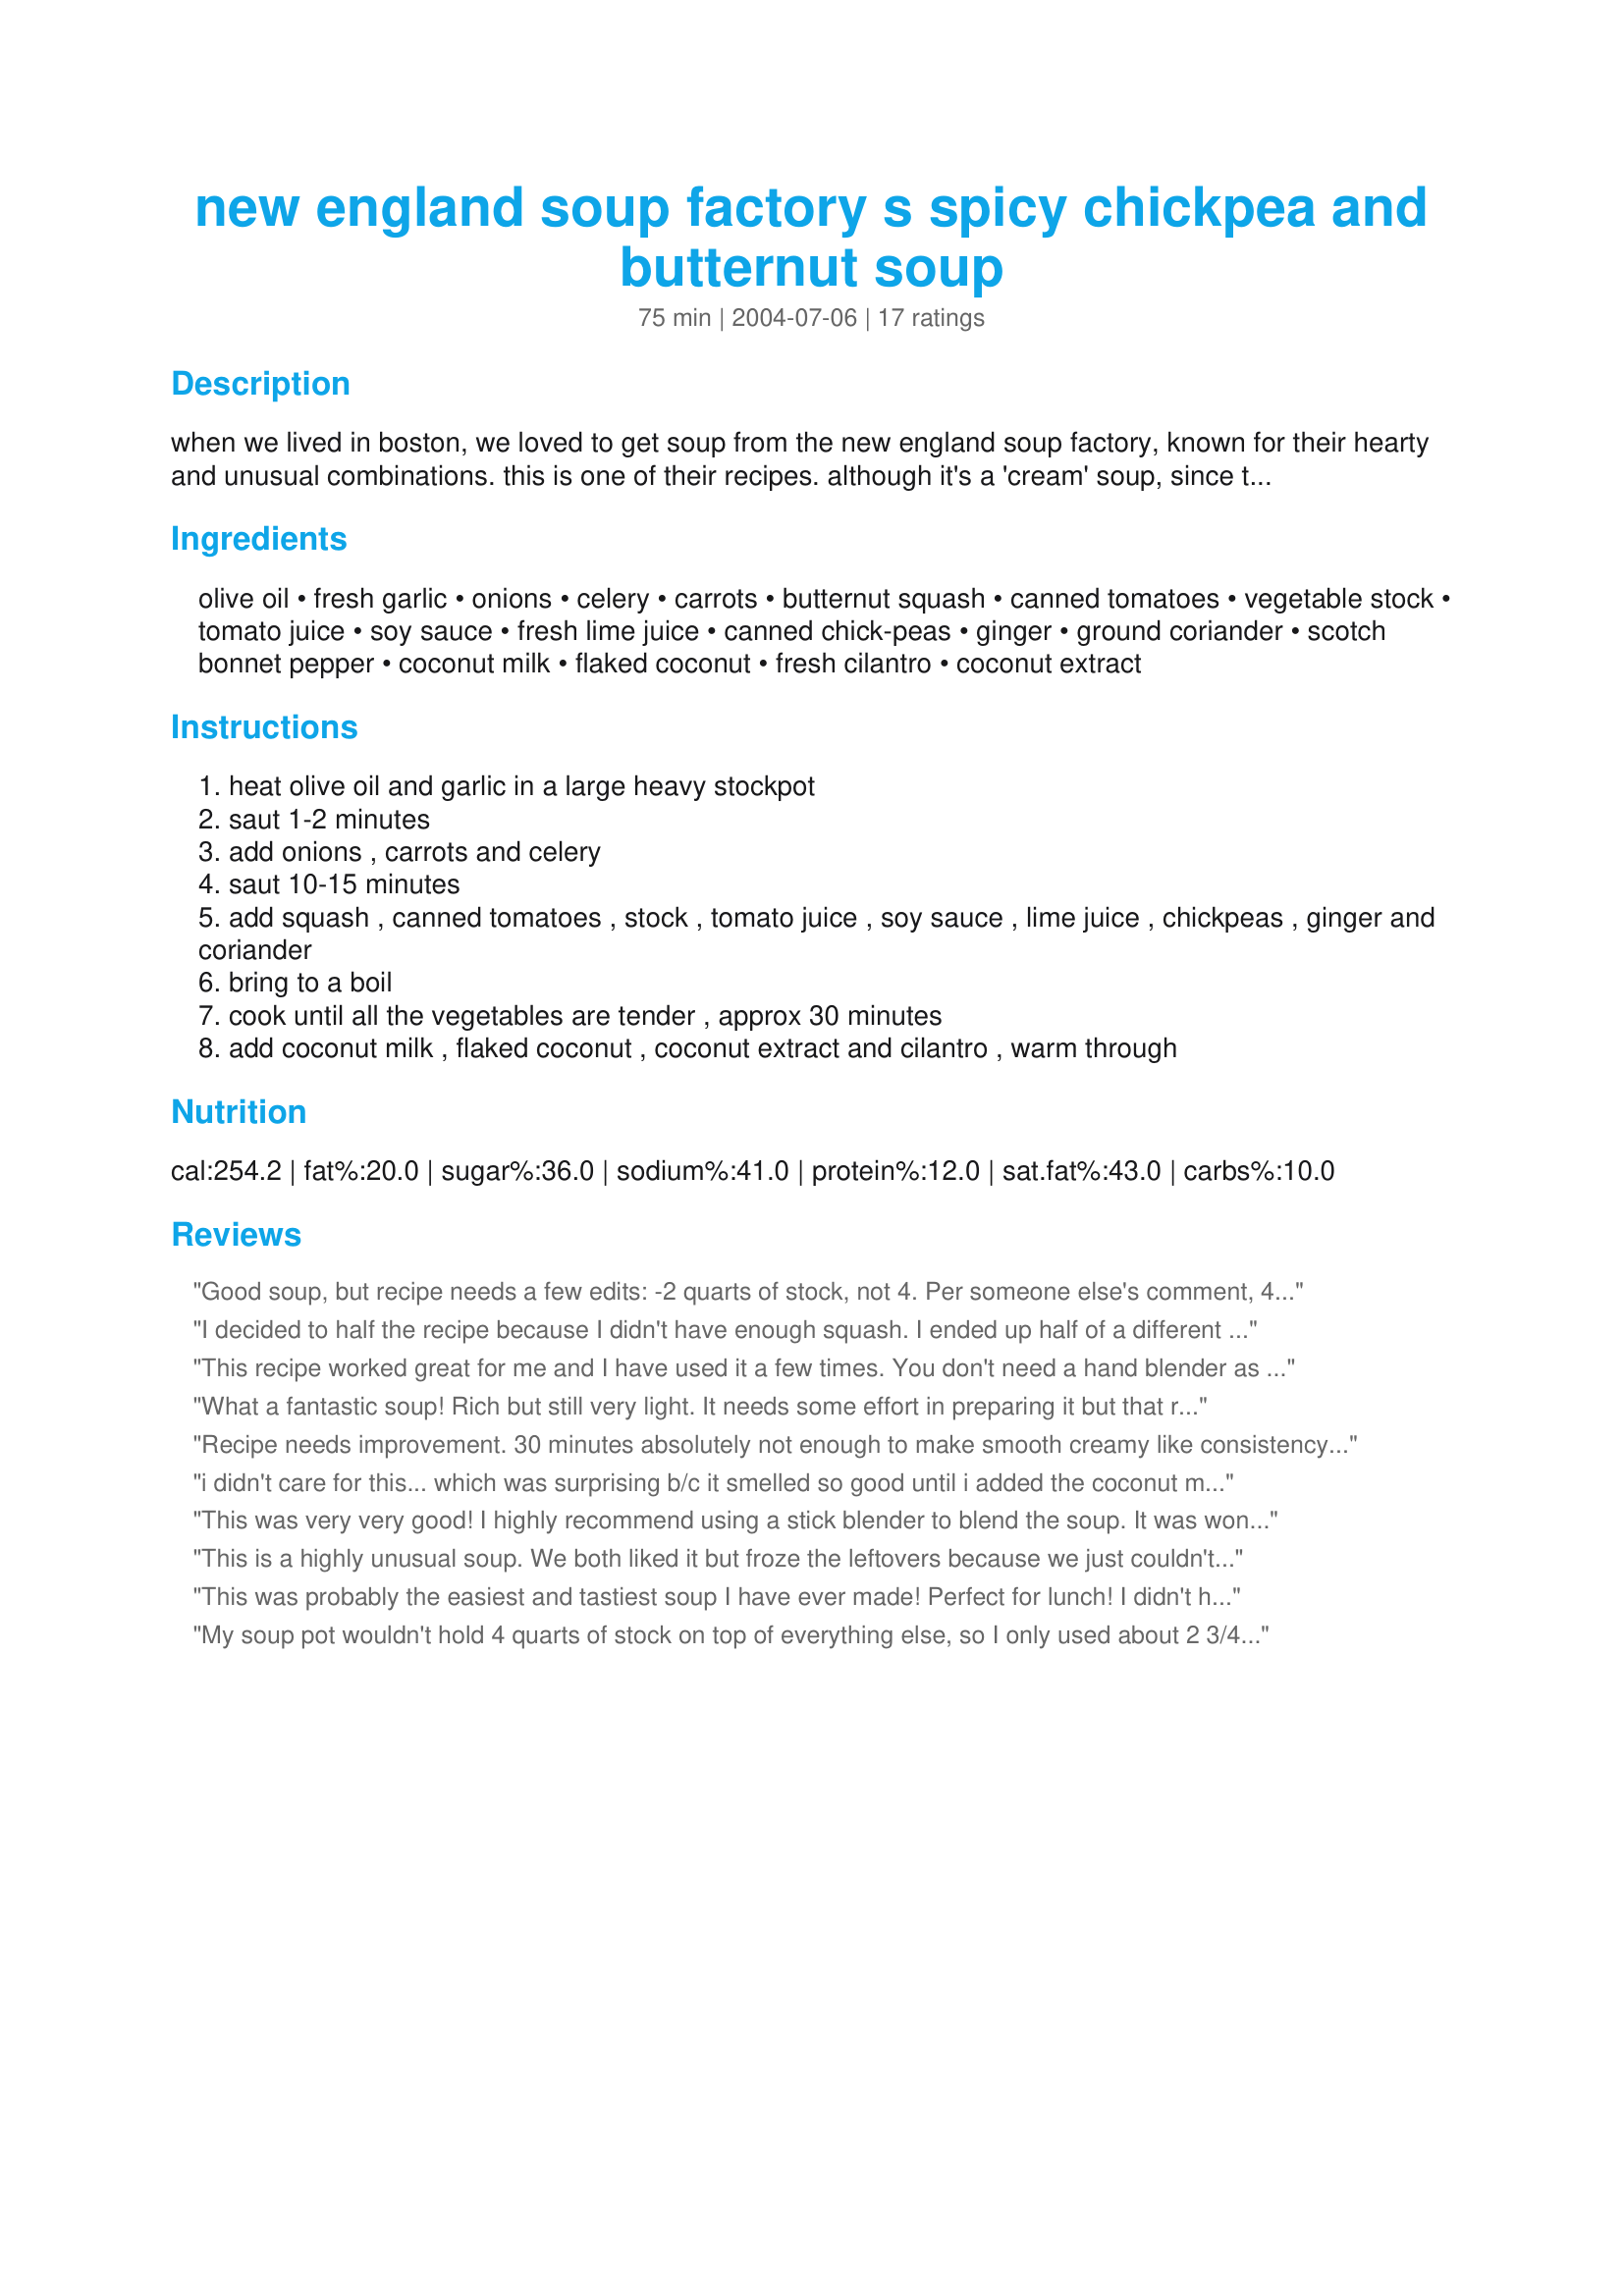
new england soup factory s spicy chickpea and butternut soup
Preparation time: 75 minutes

when we lived in boston, we loved to get soup from the new england soup factory, known for their hearty and unusual combinations. this is one of their recipes. although it's a 'cream' soup, since the base is coconut milk it remains vegan. the coconut is perhaps not what you're used to seeing with chickpeas and butternut but it really adds a sweet richness and fullness.

Ingredients:
olive oil, fresh garlic, onions, celery, carrots, butternut squash, canned tomatoes, vegetable stock, tomato juice, soy sauce, fresh lime juice, canned chick-peas, ginger, ground coriander, scotch bonnet pepper, coconut milk, flaked coconut, fresh cilantro, coconut extract

Steps:
heat olive oil and garlic in a large heavy stockpot
saut 1-2 minutes
add onions , carrots and celery
saut 10-15 minutes
add squash , canned tomatoes , stock , tomato juice , soy sauce , lime juice , chickpeas , ginger and coriander
bring to a boil
cook until all the vegetables are tender , approx 30 minutes
add coconut milk , flaked coconut , coconut extract and cilantro , warm through

Reviews:
Good soup, but recipe needs a few edits: <br/><br/>-2 quarts of stock, not 4. Per someone else's comment, 4 wouln't even fit in most people's large soup pots. (And I think it would make it way toot thin.)<br/>-Chicken stock is fine if you're not veg. <br/>-Add some salt! <br/>-If you like it hot, add more habanero. I put one whole diced habanero and this and it's not anywhere near as hot as the soup when I got it at the restaurant. <br/>-Use the hand blender to chop this us up a bit. I did this before adding the coconut and cilantro, but I did it one time after that step and I love the consistency. <br/>-Garnish with extra lime for a fresh taste. <br/><br/>Thanks for posting his receipe!
I decided to half the recipe because I didn't have enough squash. I ended up half of a different squash on top of my butternut. I was weary about adding so much broth, but I think it worked out in the end. I didn't add a carrot or celery because the vegan vegetable broth I had was sufficient. I didn't add coconut extract, but I added double what was called for. I did end up using a blender once it was finished, before I added in the chickpeas. It turned out wonderfully and I definitely will be making it again.
This recipe worked great for me and I have used it a few times. You don't need a hand blender as the soup is a broth. It has coconut milk , lime juice and hot pepper. It's very assertive but very fragrant. It does not take a long time to cook because the chickpeas are cooked and the butternut squash cut into small pieces cooks quickly. I can make it when I get home from work and it tastes like I have cooked all day.
What a fantastic soup! Rich but still very light. It needs some effort in preparing it but that really pays off. Thank you winkki.
Recipe needs improvement. 30 minutes absolutely not enough to make smooth creamy like consistency of squash. Use of hand mixer will brake all ingredients including peas, celery and carrot that should be still chunky and the end of cooking. All species (lime, coriander, ginger, garlic, pepper) should be placed at the and of cooking overwise soup will lose very unique flavor of all ingredients. Coconut may be make taste worse and i do not think is necessary. Vegetable stock can be 2-3 less for creamy consistency overwise soup is watery. I expected more from soup with 20 ingredients.
i didn't care for this... which was surprising b/c it smelled so good until i added the coconut milk... i might consider making this again but not adding coconut milk... maybe just some soymilk or rice milk the coconut milk gave it a flavor i did not care for... i also found it to be much too watery. i might consider using only half the water/broth next time that might do it for me. I would still like to try some of the other New England Soup Factory recipes you have listed but I think this one needs some work.
This was very very good! I highly recommend using a stick blender to blend the soup. It was wonderful that way!
This is a highly unusual soup. We both liked it but froze the leftovers because we just couldn't eat too much of it - it almost becomes overwhelming after awhile and this recipe makes a lot of soup! Hopefully it does freeze okay. I did not add the full amount of broth called for - I used about 2 quarts instead and it made it a thicker, heartier soup for our main course. I did put in extra garlic and used a little extra fresh grated ginger and omitted the coconut extract as I felt that would make the taste too sweet. Next time I will omit the flakes as well - not only did they add too much sweetness - it looked rather unappetizing. Thanks for posting!
This was probably the easiest and tastiest soup I have ever made! Perfect for lunch! I didn't have any coconut extract but don't reckon it was needed. The flaked coconut is well worth including as added a lot of thickness and made the soup much more unique. Will be making this a lot!
My soup pot wouldn't hold 4 quarts of stock on top of everything else, so I only used about 2 3/4 quarts. Everything else was about on qty. I also used coconut cream instead of milk and no extract or flakes. I lightly blended it at the end so it was nice and thick with a few chunks still. Next time I will halve the soy sauce - it was too strong for me, but my b/f liked it as is though.
I usually like unusual, unique dishes but this soup was too weird for me. A better name for it would be "Tomato/Lime broth with root vegetables and quirky flavorings". The flavor of the squash was totally lost in the lime/tomato tongue-smasher and the coconut added an odd texture, unpleasant odor and clinging aftertaste. Tomato/lime/coconut - Hmm, maybe if I chilled it and added about half its volume in vodka...
This was tasty. I only used 1/2 the amount of broth called for - 4 quarts (16 cups!!!!) is A LOT of broth! Mine was chunky and substantial, and I definitely preferred it that way. At the end of cooking, I used a potato masher to lightly mash the soup together, which resulted in a thick and slightly chunky soup - not completely smooth, yet not brothy either. Very good! The coconut is a nice addition, but I think that I will skip the flaked stuff next time because it (in my opinion) adds a grainy consistency.
Wow. This was one of the best soups I've ever had - and I made it! I halved the recipe, but kindof wish I hadn't, because after feeding three adults and three kids, there was only one serving left over. Every single one of us had seconds and wished we could eat more. I halved all ingredients except for the coconut milk and the peppers - those I kept whole, and was glad I did. I had one quart of stock and one quart of broth, so I did it that way and it worked really well. I will definitely make this again and again.
Wow!!!This was excellent and with a very unique flavor. We loved it. I didn't add the flaked coconut because I only had sweetened, other than that followed to the T. Will make again and again. Thank you for your soup recipes I am making all and will post reviews as I make.
I love this soup!
 I used a habanero pepper instead of scotch bonnet pepper, and I went ahead and added sweetened coconut flakes, with great results.
This recipe is AWESOME! I tend to halve the quantity of everything b/c it makes too much otherwise. But I've made this on a number of occassions and its been a hit with guests every time! Thank you for sharing this recipe!
We loved it. Admittedly I accidentally used twice as much coconut milk but the creaminess seemed exactly right. I skipped the flaked coconut, extract and chillies and doubled the chickpeas as it was a main meal. It is really flavoursome and different. Next time I will try some tofu to bulk it out. Thank you Winkki.
